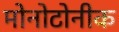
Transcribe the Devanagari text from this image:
मोनोटोनीक